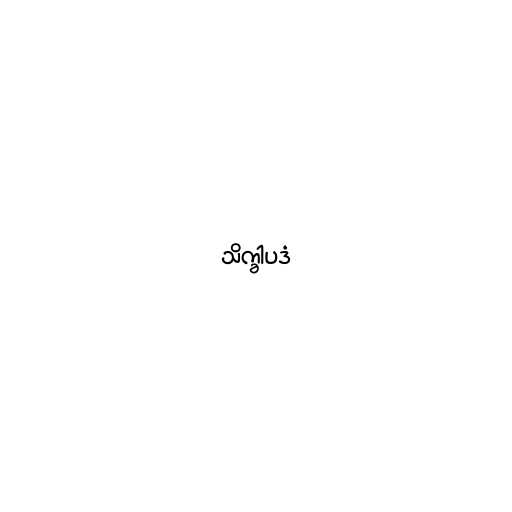
သိက္ခါပဒံ